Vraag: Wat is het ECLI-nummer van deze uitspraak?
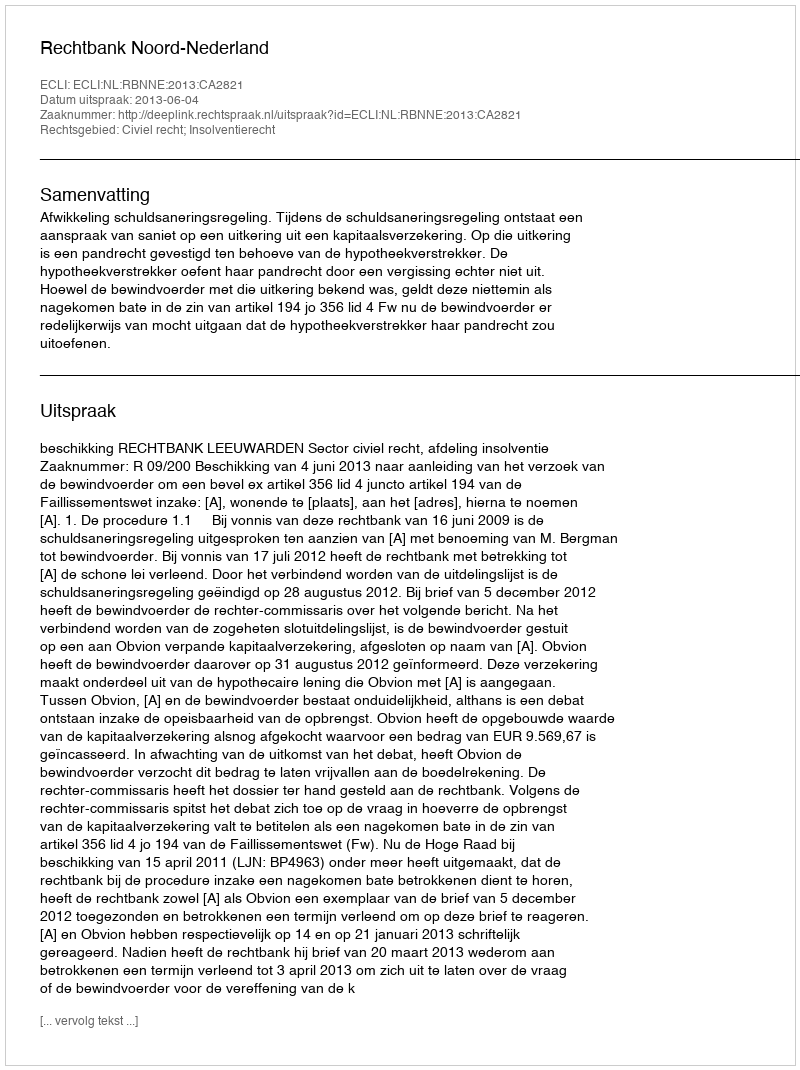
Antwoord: ECLI:NL:RBNNE:2013:CA2821